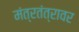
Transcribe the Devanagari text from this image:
मंत्रतंत्रावर